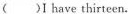
( )I have thirteen.